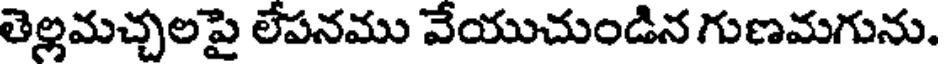
తెల్లమచ్చలపై లేపనము వేయుచుండిన గుణమగును.